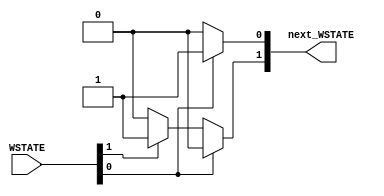
module darren_jones_2 (
                       next_WSTATE,
                       WSTATE
                       );
   input [1:0]  WSTATE;
   output [1:0] next_WSTATE;
   reg [1:0]    next_WSTATE;
   parameter
     WIDLE  = 0,                
     WCB0   = 1;                
   always @ (WSTATE) begin
      next_WSTATE  = 2'b0;
      case (1'b1)
        WSTATE[WIDLE]:
          next_WSTATE[1'b0]  = 1'b1;
        WSTATE[WCB0]:
          next_WSTATE[WCB0]  = 1'b1;
      endcase
   end
endmodule